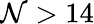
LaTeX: \mathcal{N}>14